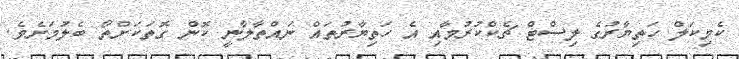
ކެމިކަލް ހަތިޔާރުގެ ލިސްޓް ޗެކްކުރުމާއި އެ ހަތިޔާރުތައް ނައްތާލާނީ ކޮން ގޮތަކަށްތޯ ބެލުމަށެވެ.